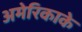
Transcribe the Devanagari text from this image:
अमेरिकाके